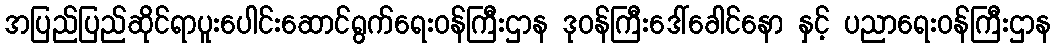
အပြည်ပြည်ဆိုင်ရာပူးပေါင်းဆောင်ရွက်ရေးဝန်ကြီးဌာန ဒုဝန်ကြီးဒေါ်ခေါင်နော နှင့် ပညာရေးဝန်ကြီးဌာန